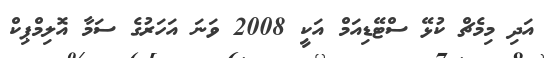
އަދި މިމެޗް ކުޅޭ ސްޓޭޑިއަމް އަކީ 2008 ވަނަ އަހަރުގެ ސަމާ އޮލިމްޕިކް